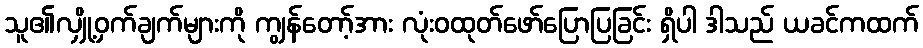
သူ၏လျှို့ဝှက်ချက်များကို ကျွန်တော့်အား လုံးဝထုတ်ဖော်ပြောပြခြင်း ရှိပါ ဒါသည် ယခင်ကထက်